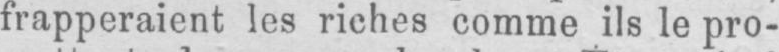
frapperaient les riches comme ils le pro-